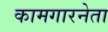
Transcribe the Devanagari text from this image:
कामगारनेता